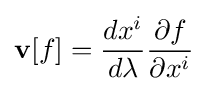
\mathbf {v} [f]={\frac {dx^{i}}{d\lambda }}{\frac {\partial f}{\partial x^{i}}}